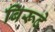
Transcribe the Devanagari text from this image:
बिरूदे